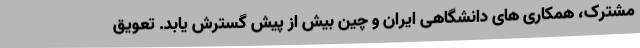
مشترک، همکاری های دانشگاهی ایران و چین بیش از پیش گسترش یابد. تعویق